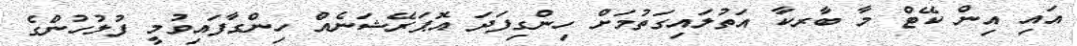
އައި އިން ކޭޓް މާ ބާރކާ އަތުލައިގަތުމަށް ހިންގިފަދަ އޮޕަރޭޝަނެއް ހިންގާފައިވުމީ ފުލުހުންގެ